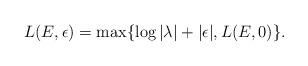
LaTeX: \begin{align*}L(E,\epsilon)=\max \{\log |\lambda|+|\epsilon|,L(E,0)\}.\end{align*}